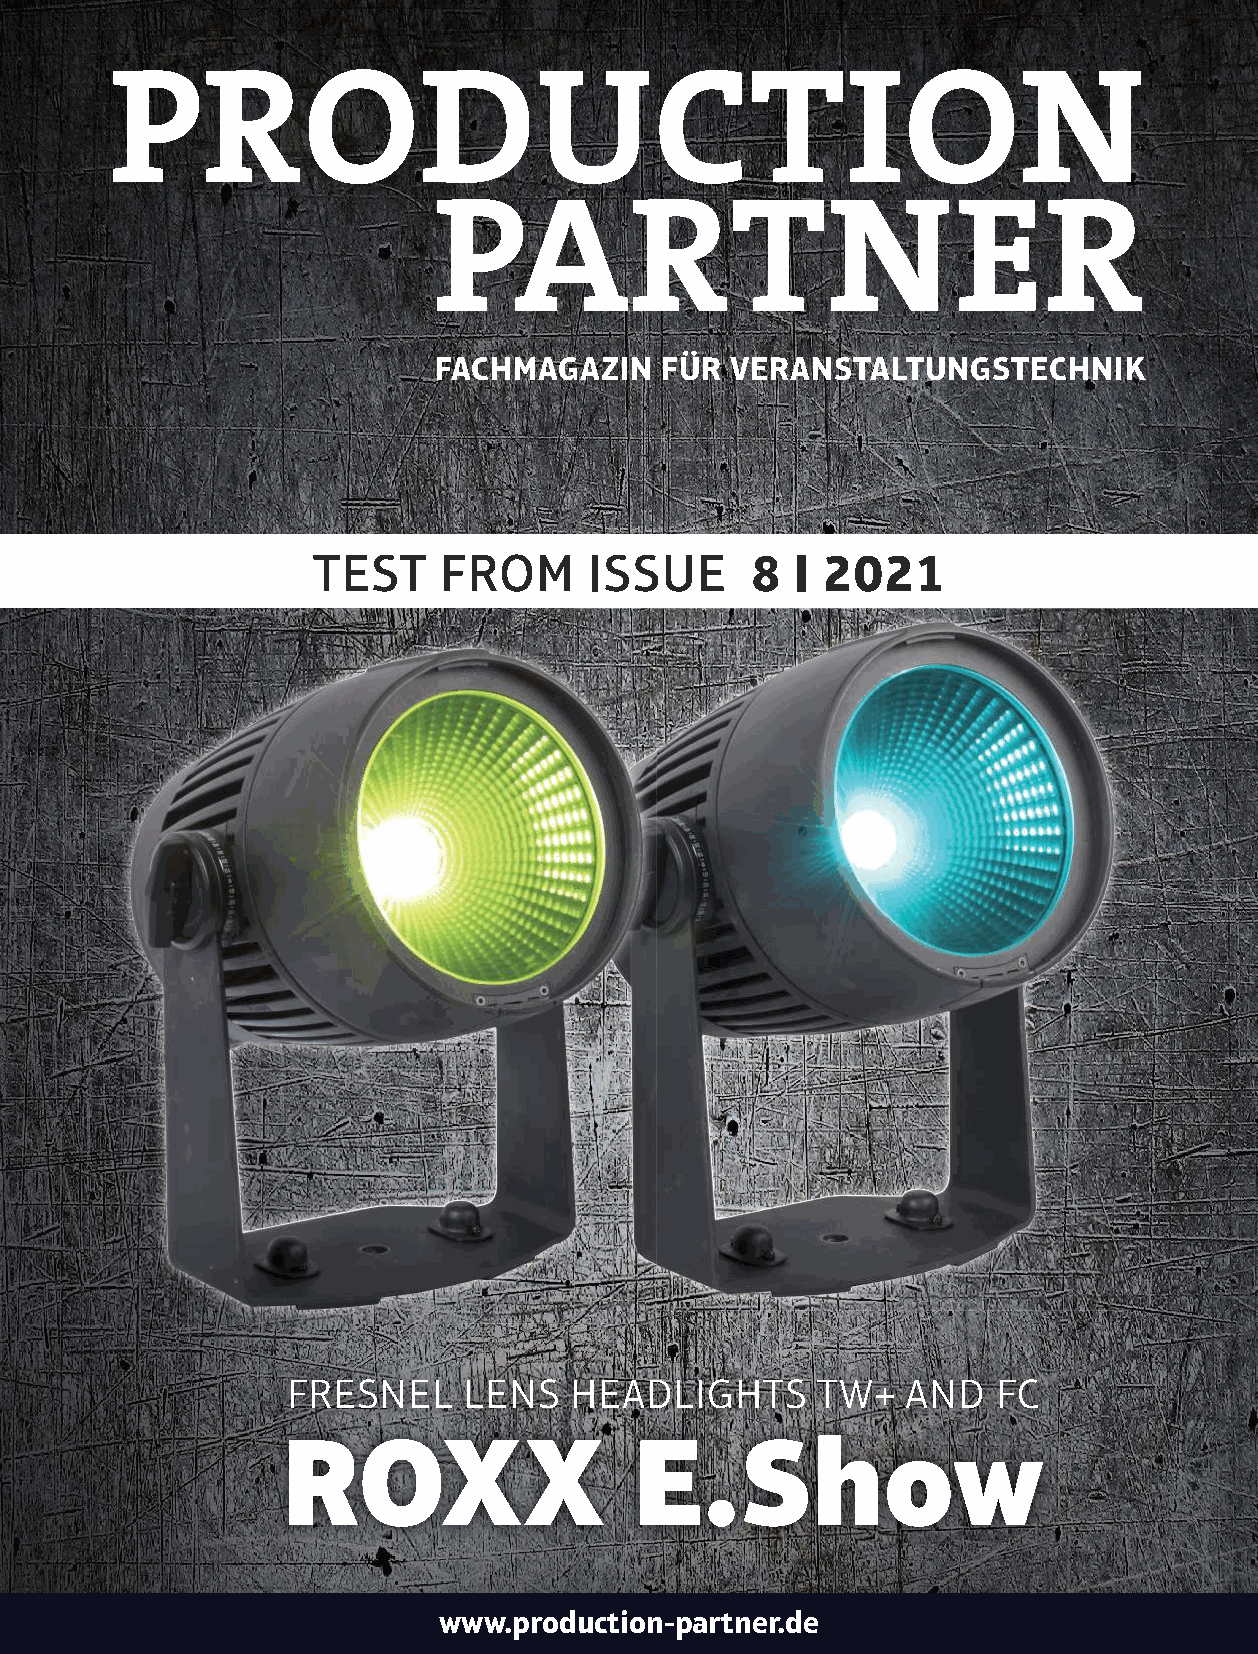
FACHMAGAZIN    FÜR VERANSTALTUNGSTECHNIK
 TEST    FROM      ISSUE      8  I 2021
 FRESnEL     LEnS   HEadLiGHtS      tW+   and   Fc
 ROXX                   e.show
 www.production-partner.de